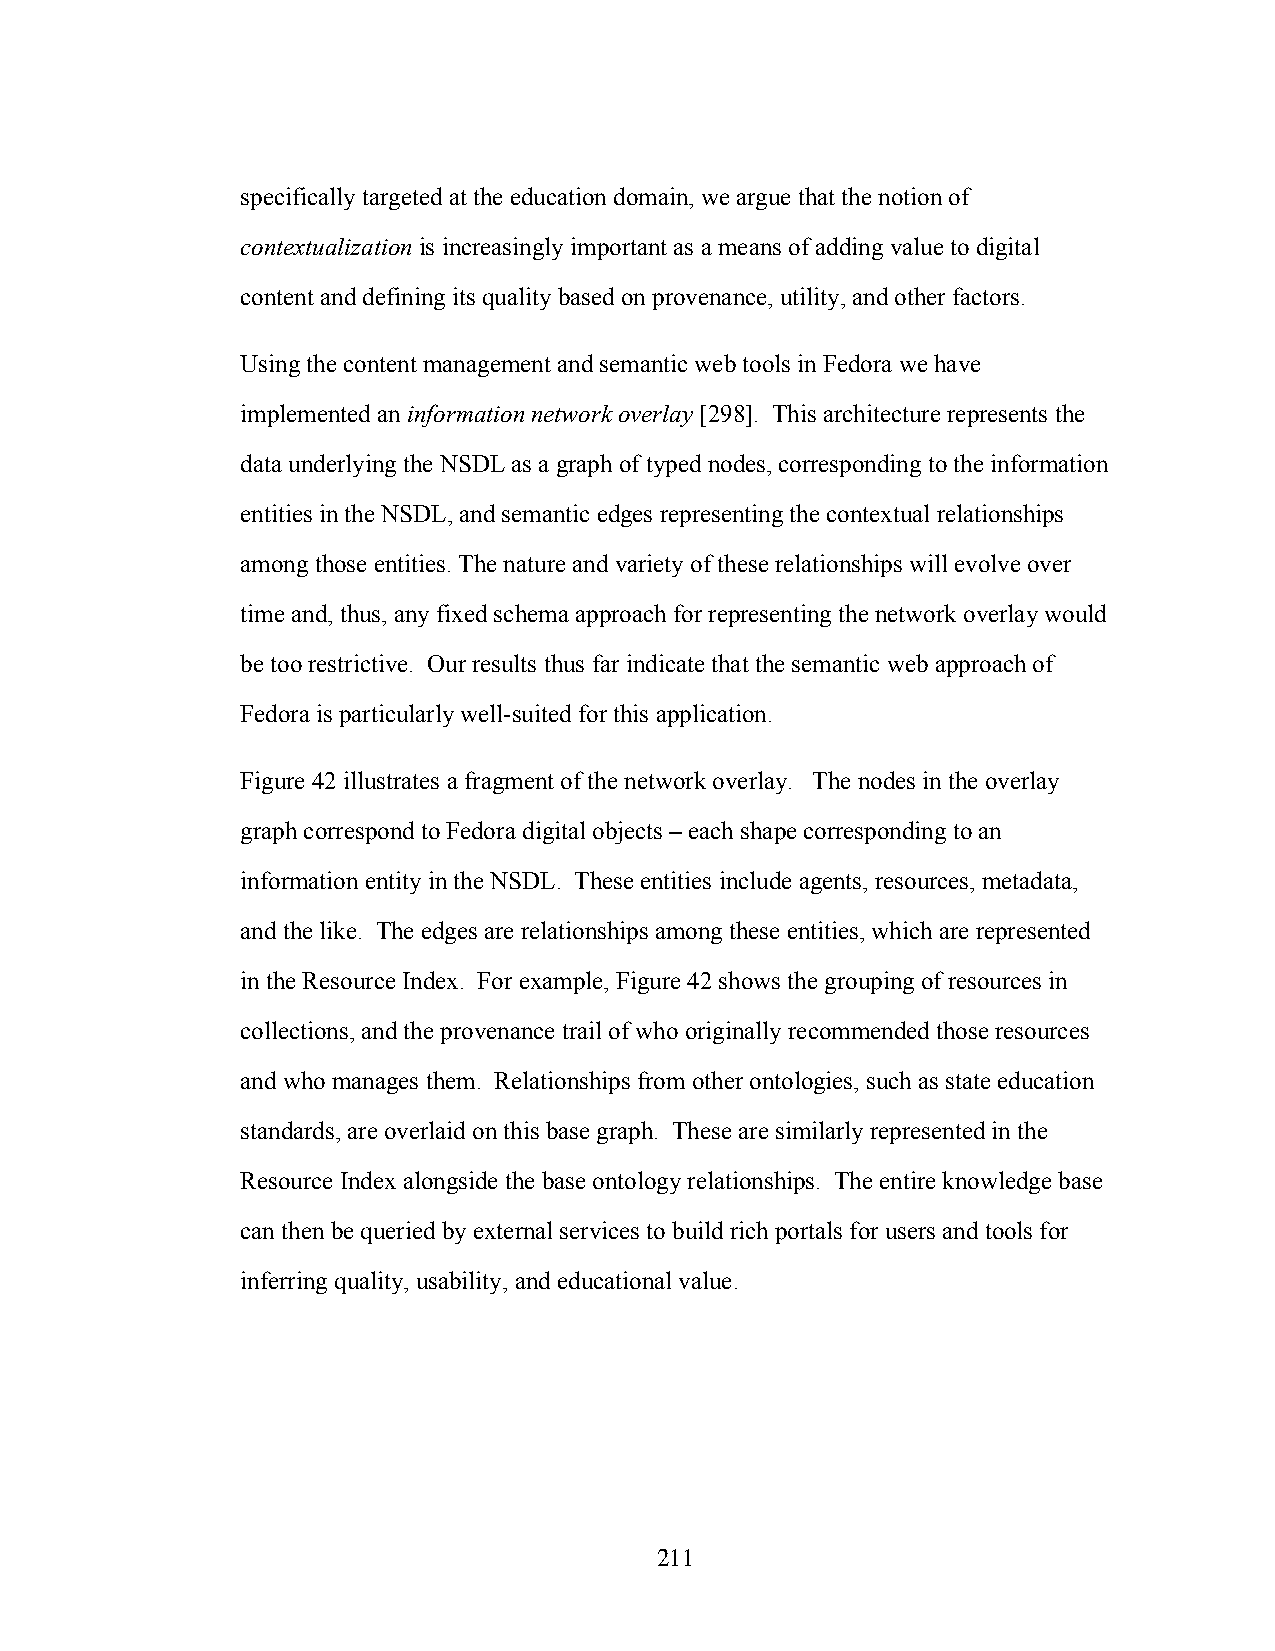
specifically targeted at the education domain, we argue that the notion of
 contextualization is increasingly important as a means of adding value to digital
 content and defining its quality based on provenance, utility, and other factors.
 Using the content management and semantic web tools in Fedora we have
 implemented an information network overlay [298]. This architecture represents the
 data underlying the NSDL as a graph of typed nodes, corresponding to the information
 entities in the NSDL, and semantic edges representing the contextual relationships
 among those entities. The nature and variety of these relationships will evolve over
 time and, thus, any fixed schema approach for representing the network overlay would
 be too restrictive. Our results thus far indicate that the semantic web approach of
 Fedora is particularly well-suited for this application.
 Figure 42 illustrates a fragment of the network overlay. The nodes in the overlay
 graph correspond to Fedora digital objects – each shape corresponding to an
 information entity in the NSDL. These entities include agents, resources, metadata,
 and the like. The edges are relationships among these entities, which are represented
 in the Resource Index. For example, Figure 42 shows the grouping of resources in
 collections, and the provenance trail of who originally recommended those resources
 and who manages them. Relationships from other ontologies, such as state education
 standards, are overlaid on this base graph. These are similarly represented in the
 Resource Index alongside the base ontology relationships. The entire knowledge base
 can then be queried by external services to build rich portals for users and tools for
 inferring quality, usability, and educational value.
 211